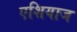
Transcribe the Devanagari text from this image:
एशियाज